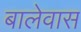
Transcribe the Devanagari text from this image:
बालेवास